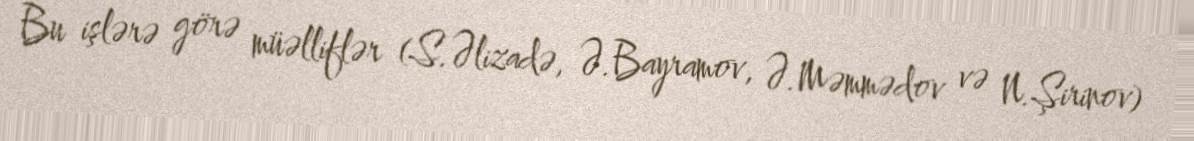
Bu işlərə görə müəlliflər (S.Əlizadə, Ə.Bayramov, Ə.Məmmədov və N.Şirinov)